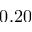
0 . 2 0